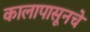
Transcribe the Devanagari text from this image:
कालापासूनचे